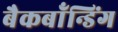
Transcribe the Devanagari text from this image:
बैकबॉंन्डिंग